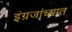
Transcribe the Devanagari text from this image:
इंग्रजांच्यात